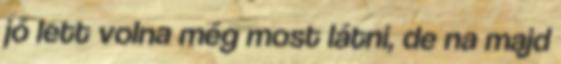
jó lett volna még most látni, de na majd